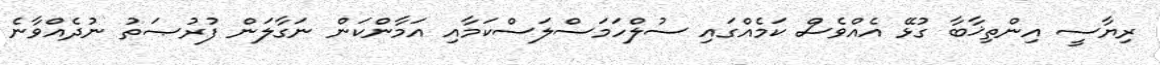
ރިޔާސީ އިންތިޚާބާ ގުޅޭ އެއްވެސް ކަމެއްގައި ސުލްހަމަސްލަސްކަމާއި އަމާންކަން ނަގާލަން ފުރުޞަތު ނުދެއްވާނެ